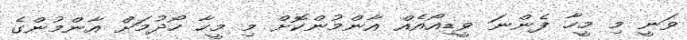
ވަނީ މި މީހާ ފެންނަ ވީޑިއޯއެއް އާންމުންކޮށް މި މީހާ ހޯދުމަށް އާންމުންގެ